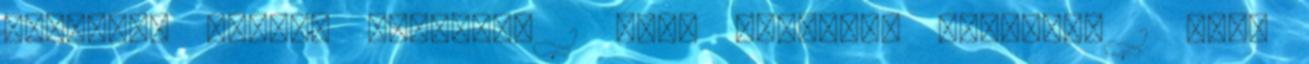
Magdolna bárhol bárkivel 1 Boda Magdolna bújócska 1 Boda